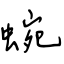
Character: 蜿